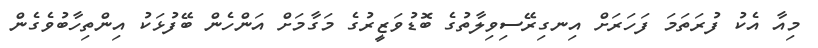
މިއާ އެކު ފުރަތަމަ ފަހަރަށް އިނގިރޭސިވިލާތުގެ ބޮޑުވަޒީރުގެ މަގާމަށް އަންހެން ބޭފުޅަކު އިންތިހާބުވެގެން